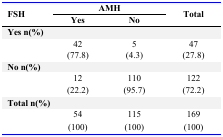
| <ROWSPAN=3> FSH | <COLSPAN=2> AMH | <ROWSPAN=3> Total |
 | Yes | No |
 | --- | --- | --- | --- |
 | <COLSPAN=4> Yes n(%) |
 |  | 42 (77.8) | 5 (4.3) | 47 (27.8) |
 | <COLSPAN=4> No n(%) |
 |  | 12 (22.2) | 110 (95.7) | 122 (72.2) |
 | <COLSPAN=4> Total n(%) |
 |  | 54 (100) | 115 (100) | 169 (100) |